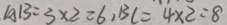
A B = 3 \times 2 = 6 , B C = 4 \times 2 = 8